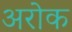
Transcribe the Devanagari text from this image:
अरोक